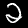
Digit: 2